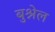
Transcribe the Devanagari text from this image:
बुश्नेल